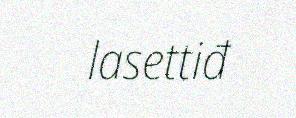
lasettiđ